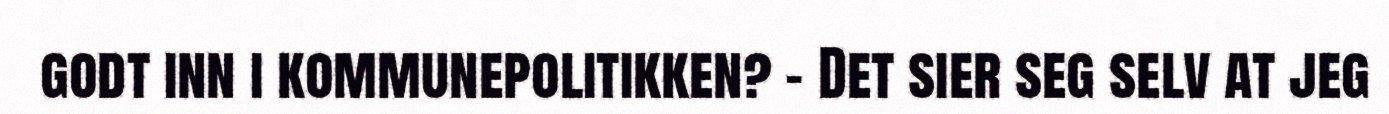
godt inn i kommunepolitikken? - Det sier seg selv at jeg